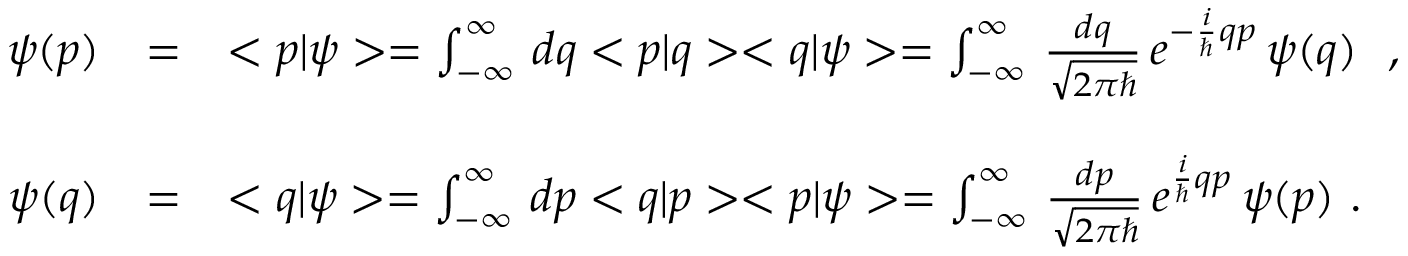
\begin{array} { r c l } { { \psi ( p ) } } & { { = } } & { { < p | \psi > = \int _ { - \infty } ^ { \infty } \, d q < p | q > < q | \psi > = \int _ { - \infty } ^ { \infty } \, \frac { d q } { \sqrt { 2 \pi \hbar } } \, e ^ { - \frac { i } { \hbar } q p } \, \psi ( q ) \ \ , \ \ } } \\ { { } } & { { } } & { { } } \\ { { \psi ( q ) } } & { { = } } & { { < q | \psi > = \int _ { - \infty } ^ { \infty } \, d p < q | p > < p | \psi > = \int _ { - \infty } ^ { \infty } \, \frac { d p } { \sqrt { 2 \pi \hbar } } \, e ^ { \frac { i } { \hbar } q p } \, \psi ( p ) \ . } } \end{array}